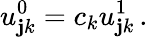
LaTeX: u_{\mathbf{j}k}^{0}=c_{k}u_{\mathbf{j}k}^{1}\, .